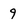
Character: 9